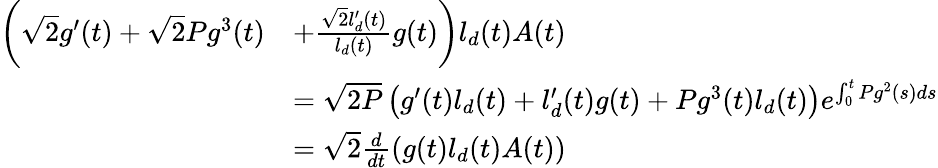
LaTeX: \begin{array}{rl}{\bigg(\sqrt{2}g^{\prime}(t)+\sqrt{2}Pg^{3}(t)}&{+\frac{\sqrt{2}l_{d}^{\prime}(t)}{l_{d}(t)}g(t)\bigg)l_{d}(t)A(t)}\\ &{=\sqrt{2P}\left(g^{\prime}(t)l_{d}(t)+l_{d}^{\prime}(t)g(t)+Pg^{3}(t)l_{d}(t)\right)e^{\int_{0}^{t}Pg^{2}(s)ds}}\\ &{=\sqrt{2}\frac{d}{dt}\left(g(t)l_{d}(t)A(t)\right)}\end{array}